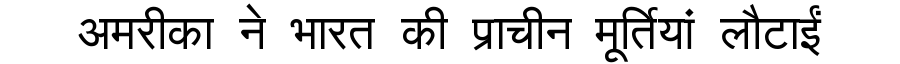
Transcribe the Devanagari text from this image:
अमरीका ने भारत की प्राचीन मूर्तियां लौटाईं